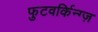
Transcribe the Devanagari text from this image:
फुटवर्किन्ग्ज़